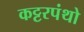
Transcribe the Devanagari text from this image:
कट्टरपंथो